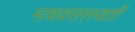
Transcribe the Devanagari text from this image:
माधवसरस्वती